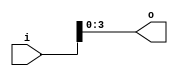
module Truncate4(input [31:0] i,
					output [3:0] o
);

assign o = i[3:0];

endmodule